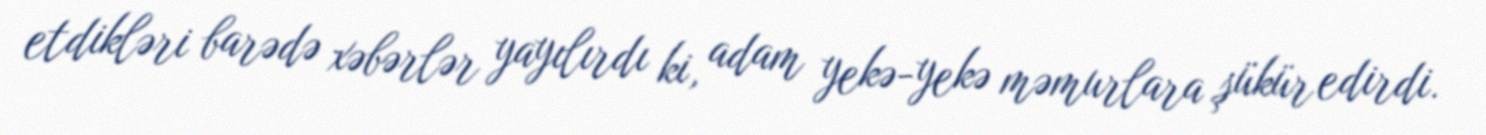
etdikləri barədə xəbərlər yayılırdı ki, adam yekə-yekə məmurlara şükür edirdi.